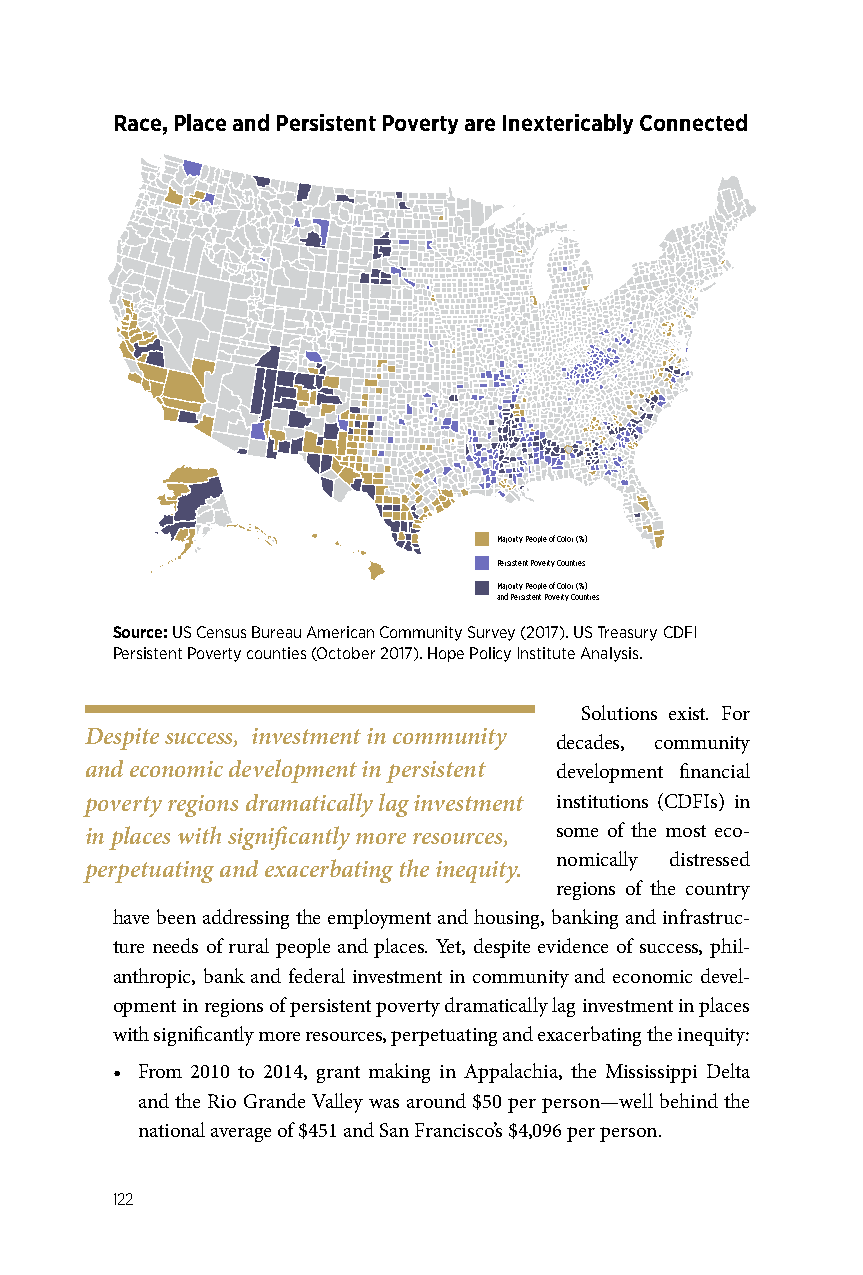
Race, Place and Persistent Poverty are Inextericably Connected
 Majority People of Color (%)
 Persistent Poverty Counties
 Majority People of Color (%)
 and Persistent Poverty Counties
 Source: US Census Bureau American Community Survey (2017). US Treasury CDFI
 Persistent Poverty counties (October 2017). Hope Policy Institute Analysis.
 Solutions exist. For
 Despite success, investment in community
 decades, community
 and economic development in persistent development financial
 poverty regions dramatically lag investment institutions (CDFIs) in
 in places with significantly more resources, some of the most eco-
 nomically distressed
 perpetuating and exacerbating the inequity.
 regions of the country
 have been addressing the employment and housing, banking and infrastruc-
 ture needs of rural people and places. Yet, despite evidence of success, phil-
 anthropic, bank and federal investment in community and economic devel-
 opment in regions of persistent poverty dramatically lag investment in places
 with significantly more resources, perpetuating and exacerbating the inequity:
 • From 2010 to 2014, grant making in Appalachia, the Mississippi Delta
 and the Rio Grande Valley was around $50 per person—well behind the
 national average of $451 and San Francisco’s $4,096 per person.
 122